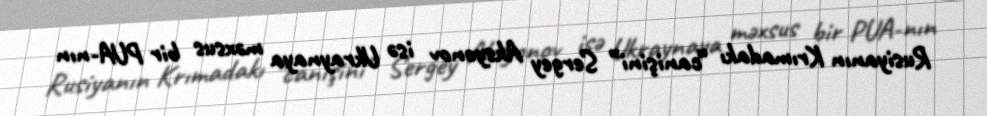
Rusiyanın Krımadakı “canişini” Sergey Aksyonov isə Ukraynaya məxsus bir PUA-nın